Scottish Leaving Certificate Examination, 1960
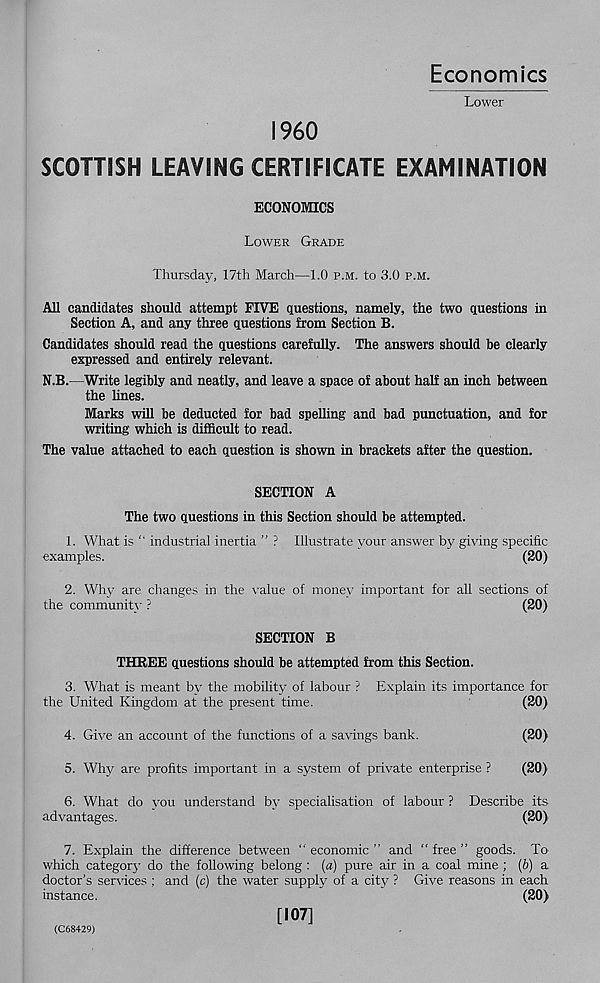
Economics
Lower
I960
SCOTTISH LEAVING CERTIFICATE EXAMINATION
ECONOMICS
Lower Grade
Thursday, 17th March—1.0 p.m. to 3.0 p.m.
All candidates should attempt FIVE questions, namely, the two questions in
Section A, and any three questions from Section B.
Candidates should read the questions carefully. The answers should be clearly
expressed and entirely relevant.
N.B.—Write legibly and neatly, and leave a space of about half an inch between
the lines.
Marks will be deducted for bad spelling and bad punctuation, and for
writing which is difficult to read.
The value attached to each question is shown in brackets after the question.
SECTION A
The two questions in this Section should be attempted.
1. What is “ industrial inertia ” ? Illustrate your answer by giving specific
examples.
(20)
2. Why are changes in the value of money important for all sections of
the community ?
(20)
SECTION B
THREE questions should be attempted from this Section.
3. What is meant by the mobility of labour ? Explain its importance for
the United Kingdom at the present time.
(20)
4. Give an account of the functions of a savings bank.
(20)
5. Why are profits important in a system of private enterprise ?
(20)
6. What do you understand by specialisation of labour ? Describe its
advantages.
(20)
7. Explain the difference between “economic” and “free” goods. To'
which category do the following belong : (a) pure air in a coal mine ; (b) a
doctor’s services : and (c) the water supply of a city ? Give reasons in each
instance.
(20)
[107]
(C68429)